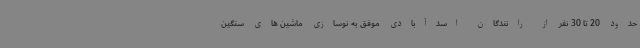
حدود 20 تا 30 نفر از رانندگان اسدآبادی موفق به نوسازی ماشین های سنگین